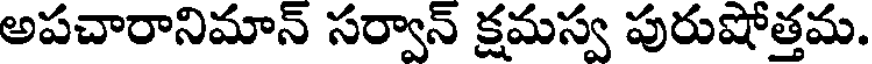
అపచారానిమాన్ సర్వాన్ క్షమస్వ పురుషోత్తమ.